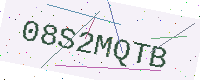
Text: 08S2MQTB